Vital statistics of India. Vol. V, Reports of 1876 on armies & jails and on epidemic cholera
Year: 1876
Disease focus: Cholera
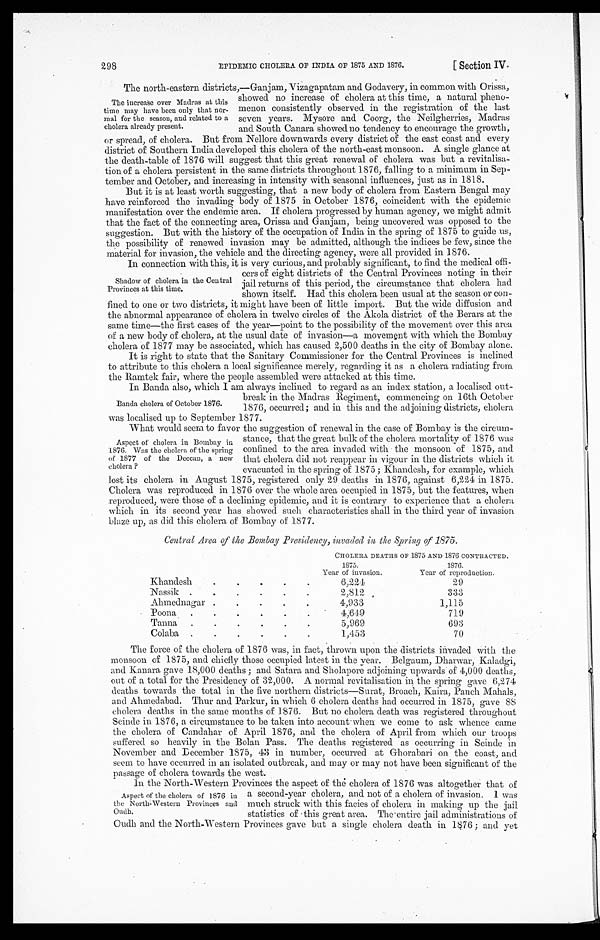
298
EPIDEMIC CHOLERA OF INDIA OF 1875 AND 1876.
[ Section IV.
The north-eastern districts,—Ganjam, Vizagapatam and Godavery, in common with Orissa,
The increase over Madras at this
time may have been only that nor-
mal for the season, and related to a
cholera already present.
or spread, of cholera. But from Nellore downwards every district of the east coast and every
district of Southern India developed this cholera of the north-east monsoon. A single glance at
the death-table of 1876 will suggest that this great renewal of cholera was but a revitalisa-
tion of a cholera persistent in the same districts throughout 1876, falling to a minimum in Sep-
tember and October, and increasing in intensity with seasonal influences, just as in 1818.
But it is at least worth suggesting, that a new body of cholera from Eastern Bengal may
have reinforced the invading body of 1875 in October 1876, coincident with the epidemic
manifestation over the endemic area. If cholera progressed by human agency, we might admit
that the fact of the connecting area, Orissa and Ganjam, being uncovered was opposed to the
suggestion. But with the history of the occupation of India in the spring of 1875 to guide us,
the possibility of renewed invasion may be admitted, although the indices be few, since the
material for invasion, the vehicle and the directing agency, were all provided in 1876.
In connection with this, it is very curious, and probably significant, to find the medical offi-
showed no increase of cholera at this time, a natural pheno-
menon consistently observed in the registration of the last
seven years. Mysore and Coorg, the Neilgherries, Madras
and South Canara showed no tendency to encourage the growth,
Shadow of cholera in the Central
Provinces at this time.
cers of eight districts of the Central Provinces noting in their
jail returns of this period, the circumstance that cholera had
shown itself. Had this cholera been usual at the season or con-
fined to one or two districts, it might have been of little import. But the wide diffusion and
the abnormal appearance of cholera in twelve circles of the Akola district of the Berars at the
same time—the first cases of the year—point to the possibility of the movement over this area
of a new body of cholera, at the usual date of invasion—a movement with which the Bombay
cholera of 1877 may be associated, which has caused 2,500 deaths in the city of Bombay alone.
It is right to state that the Sanitary Commissioner for the Central Provinces is inclined
to attribute to this cholera a local significance merely, regarding it as a cholera radiating from
the Ramtek fair, where the people assembled were attacked at this time.
In Banda also, which I am always inclined to regard as an index station, a localised out-
Banda cholera of October 1876.
break in the Madras Regiment, commencing on 16th October
1876, occurred; and in this and the adjoining districts, cholera
was localised up to September 1877.
What would seem to favor the suggestion of renewal in the case of Bombay is the circum-
stance, that the great bulk of the cholera mortality of 1876 was
confined to the area invaded with the monsoon of 1875, and
that cholera did not reappear in vigour in the districts which it
evacuated in the spring of 1875 ; Khandesh, for example, which
lost its cholera in August 1875, registered only 29 deaths in 1876, against 6,224 in 1875.
Cholera was reproduced in 1876 over the whole area occupied in 1875, but the features, when
reproduced, were those of a declining epidemic, and it is contrary to experience that a cholera
which in its second year has showed such characteristics shall in the third year of invasion
blaze up, as did this cholera of Bombay of 1877.
Central Area of the Bombay Presidency, invaded in the Spring of 1875.
Khandesh
CHOLERA DEATHS OF 1875 AND 1876 CONTRACTED.
1875.
Year of invasion.
1876.
Year of reproduction.
6,224
29
Nassik
2,812
333
Ahmednagar
4,933
1,115
Poona
.
4,649
719
Tanna
5,969
693
Colaba
1,453
70
The force of the cholera of 1876 was, in fact, thrown upon the districts invaded with the
monsoon of 1875, and chiefly those occupied latest in the year. Belgaum, Dharwar, Kaladgi
, a n d
K a n a r ag
a v e 1 8 , 0 0 0 d e a t h s ; a n d S a t a r a a n d S h o l a p o r e a d j o i n i n g u p w a r d s o f4
, 0 0 0
d e a t h s ,
out of a total for the Presidency of 32,000. A normal revitalisation in the spring gave 6,274
deaths towards the total in the five northern districts—Surat, Broach, Kaira, panch Mahals,
and Ahmedabad. Thur and Parkur, in which 6 cholera deaths had occurred in 1875, gave 88
cholera deaths in the same months of 1876. But no cholera death was registered throughout
Scinde in 1876, a circumstance to be taken into account when we cone to ask whence came
the cholera of Candahar of April 1876, and the cholera of April from which our troops
suffered so heavily in the Bolan Pass. The deaths registered as occurring in Scinde in
November and December 1875, 43 in number, occurred at Ghorabari on the coast, and
seem to have occurred in an isolated outbreak, and may or may not have been significant of the
passage of cholera towards the west.
In the North-Western Provinces the aspect of the cholera of 1876 was altogether that of
Aspect of cholera in Bombay in
1876. Was the cholera of the spring
of 1877 of the Deccan, a new
cholera ?
Aspect of the cholera of 1876 in
the North-Western Provinces and
Oudh.
a second-year cholera, and not of a cholera of invasion. 1 was
much struck with this facies of cholera in making up the jail
statistics of this great area. The entire jail administration of
Outh and the North-Western Provinces gave but a single cholera death in 1876; and yet